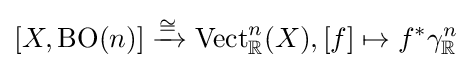
[X,\operatorname {BO} (n)]\xrightarrow {\cong } \operatorname {Vect} _{\mathbb {R} }^{n}(X),[f]\mapsto f^{*}\gamma _{\mathbb {R} }^{n}